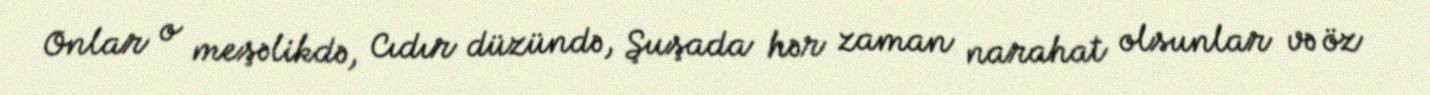
Onlar o meşəlikdə, Cıdır düzündə, Şuşada hər zaman narahat olsunlar və öz